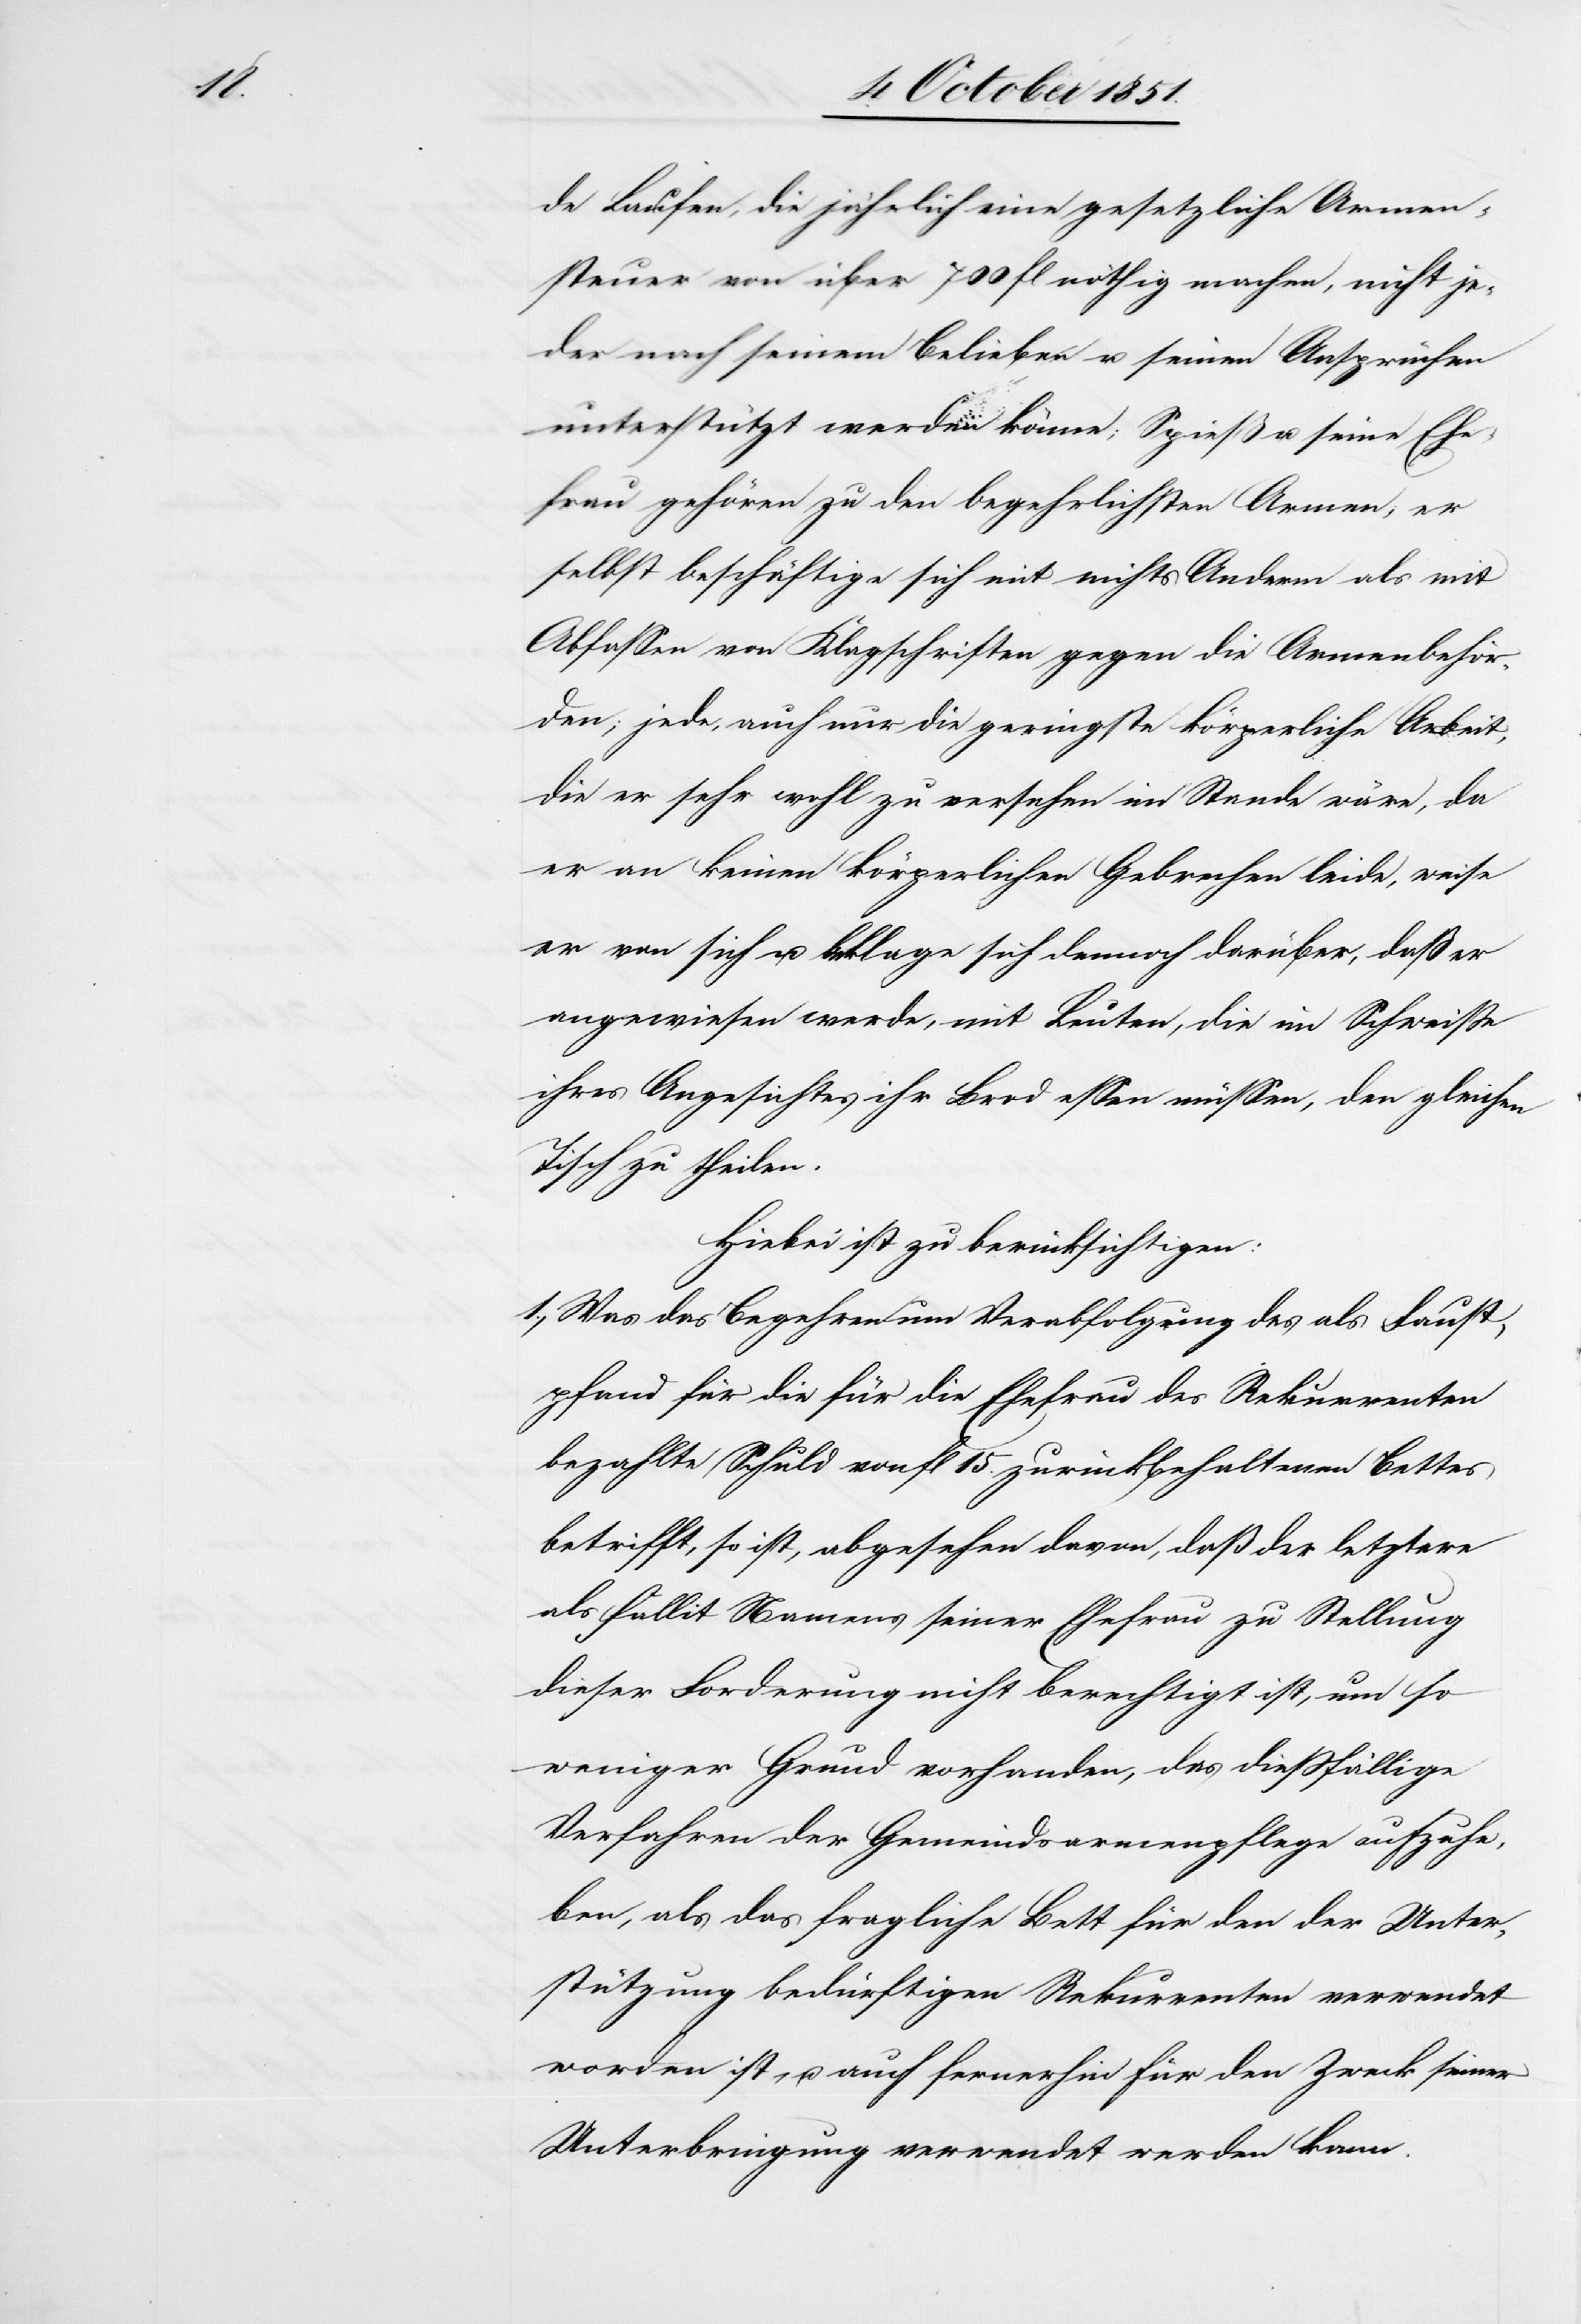
de Laufen, die jährlich eine gesetzliche Armen¬
steuer von über 700 fl nöthig machen, nicht je¬
der nach seinem Belieben u. seinen Ansprüchen
unterstützt werden könne; Spieß u. seine Ehe¬
frau gehören zu den begehrlichsten Armen; er
selbst beschäftige sich mit nichts Anderm als mit
Abfassen von Klagschriften gegen die Armenbehör¬
den; jede, auch nur die geringste körperliche Arbeit,
die er sehr wohl zu versehen im Stande wäre, da
er an keinen körperlichen Gebrechen leide, weise
er von sich u. beklage sich dennoch darüber, daß er
angewiesen werde, mit Leuten, die im Schweisse
ihres Angesichtes ihr Brod essen müssen, den gleichen
Tisch zu theilen.
Hiebei ist zu berücksichtigen:
Was das Begehren um Verabfolgung des als Faust¬
pfand für die für die Ehefrau des Rekurrenten
bezahlte Schuld von fl 15. zurückbehaltenen Bettes
betrifft, so ist, abgesehen davon, daß der letztere
als fallit Namens seiner Ehefrau zu Stellung
dieser Forderung nicht berechtigt ist, um so
weniger Grund vorhanden, das dießfällige
Verfahren der Gemeindsarmenpflege aufzuhe¬
ben, als das fragliche Bett für den der Unter¬
stützung bedürftigen Rekurrenten verwendet
worden ist, u. auch fernerhin für den Zweck seiner
Unterbringung verwendet werden kann.